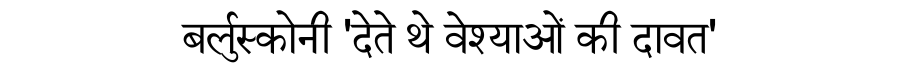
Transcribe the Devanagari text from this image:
बर्लुस्कोनी 'देते थे वेश्याओं की दावत'